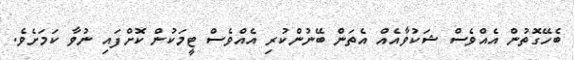
ބެހޭގޮތުން އެއްވެސް ޝަކުވާއެއް އެތަން ބޭނުންކުރި އެއްވެސް ޓީމަކުން ކޮށްފައި ނުވާ ކަމަށެވެ.